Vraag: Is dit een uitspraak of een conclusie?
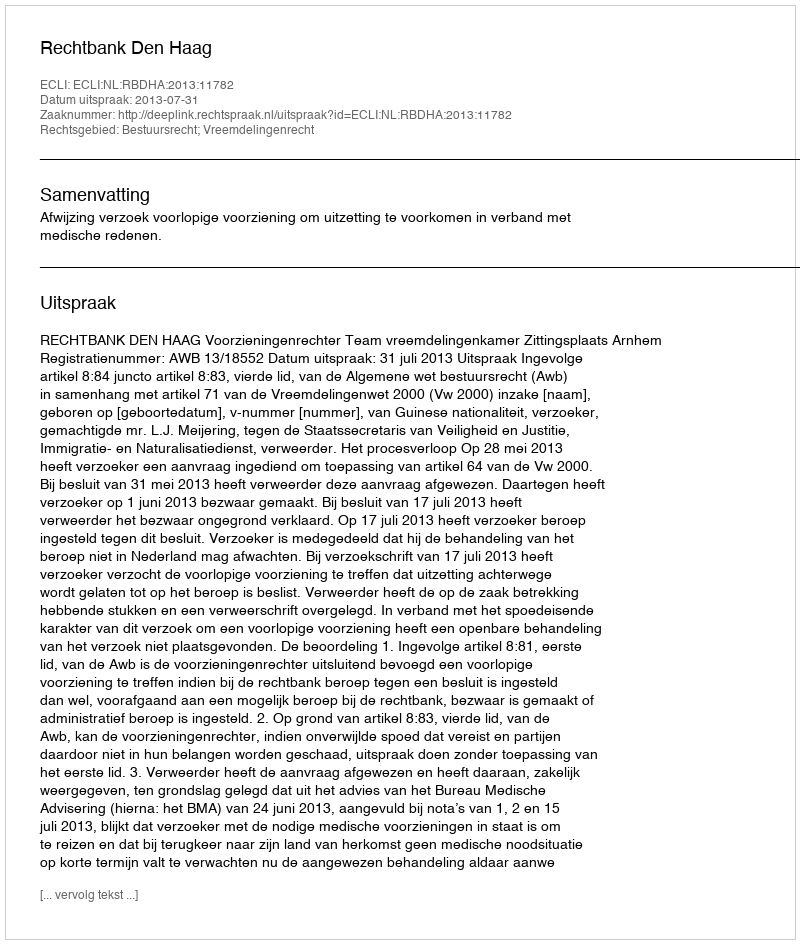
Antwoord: Uitspraak